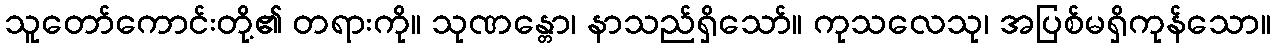
သူတော်ကောင်းတို့၏ တရားကို။ သုဏန္တော၊ နာသည်ရှိသော်။ ကုသလေသု၊ အပြစ်မရှိကုန်သော။